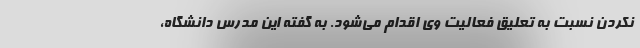
نکردن نسبت به تعلیق فعالیت وی اقدام می‌شود. به گفته این مدرس دانشگاه،